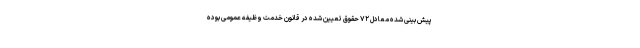
پیش بینی شده معادل ۷۲ حقوق تعیین شده در قانون خدمت وظیفه عمومی بوده